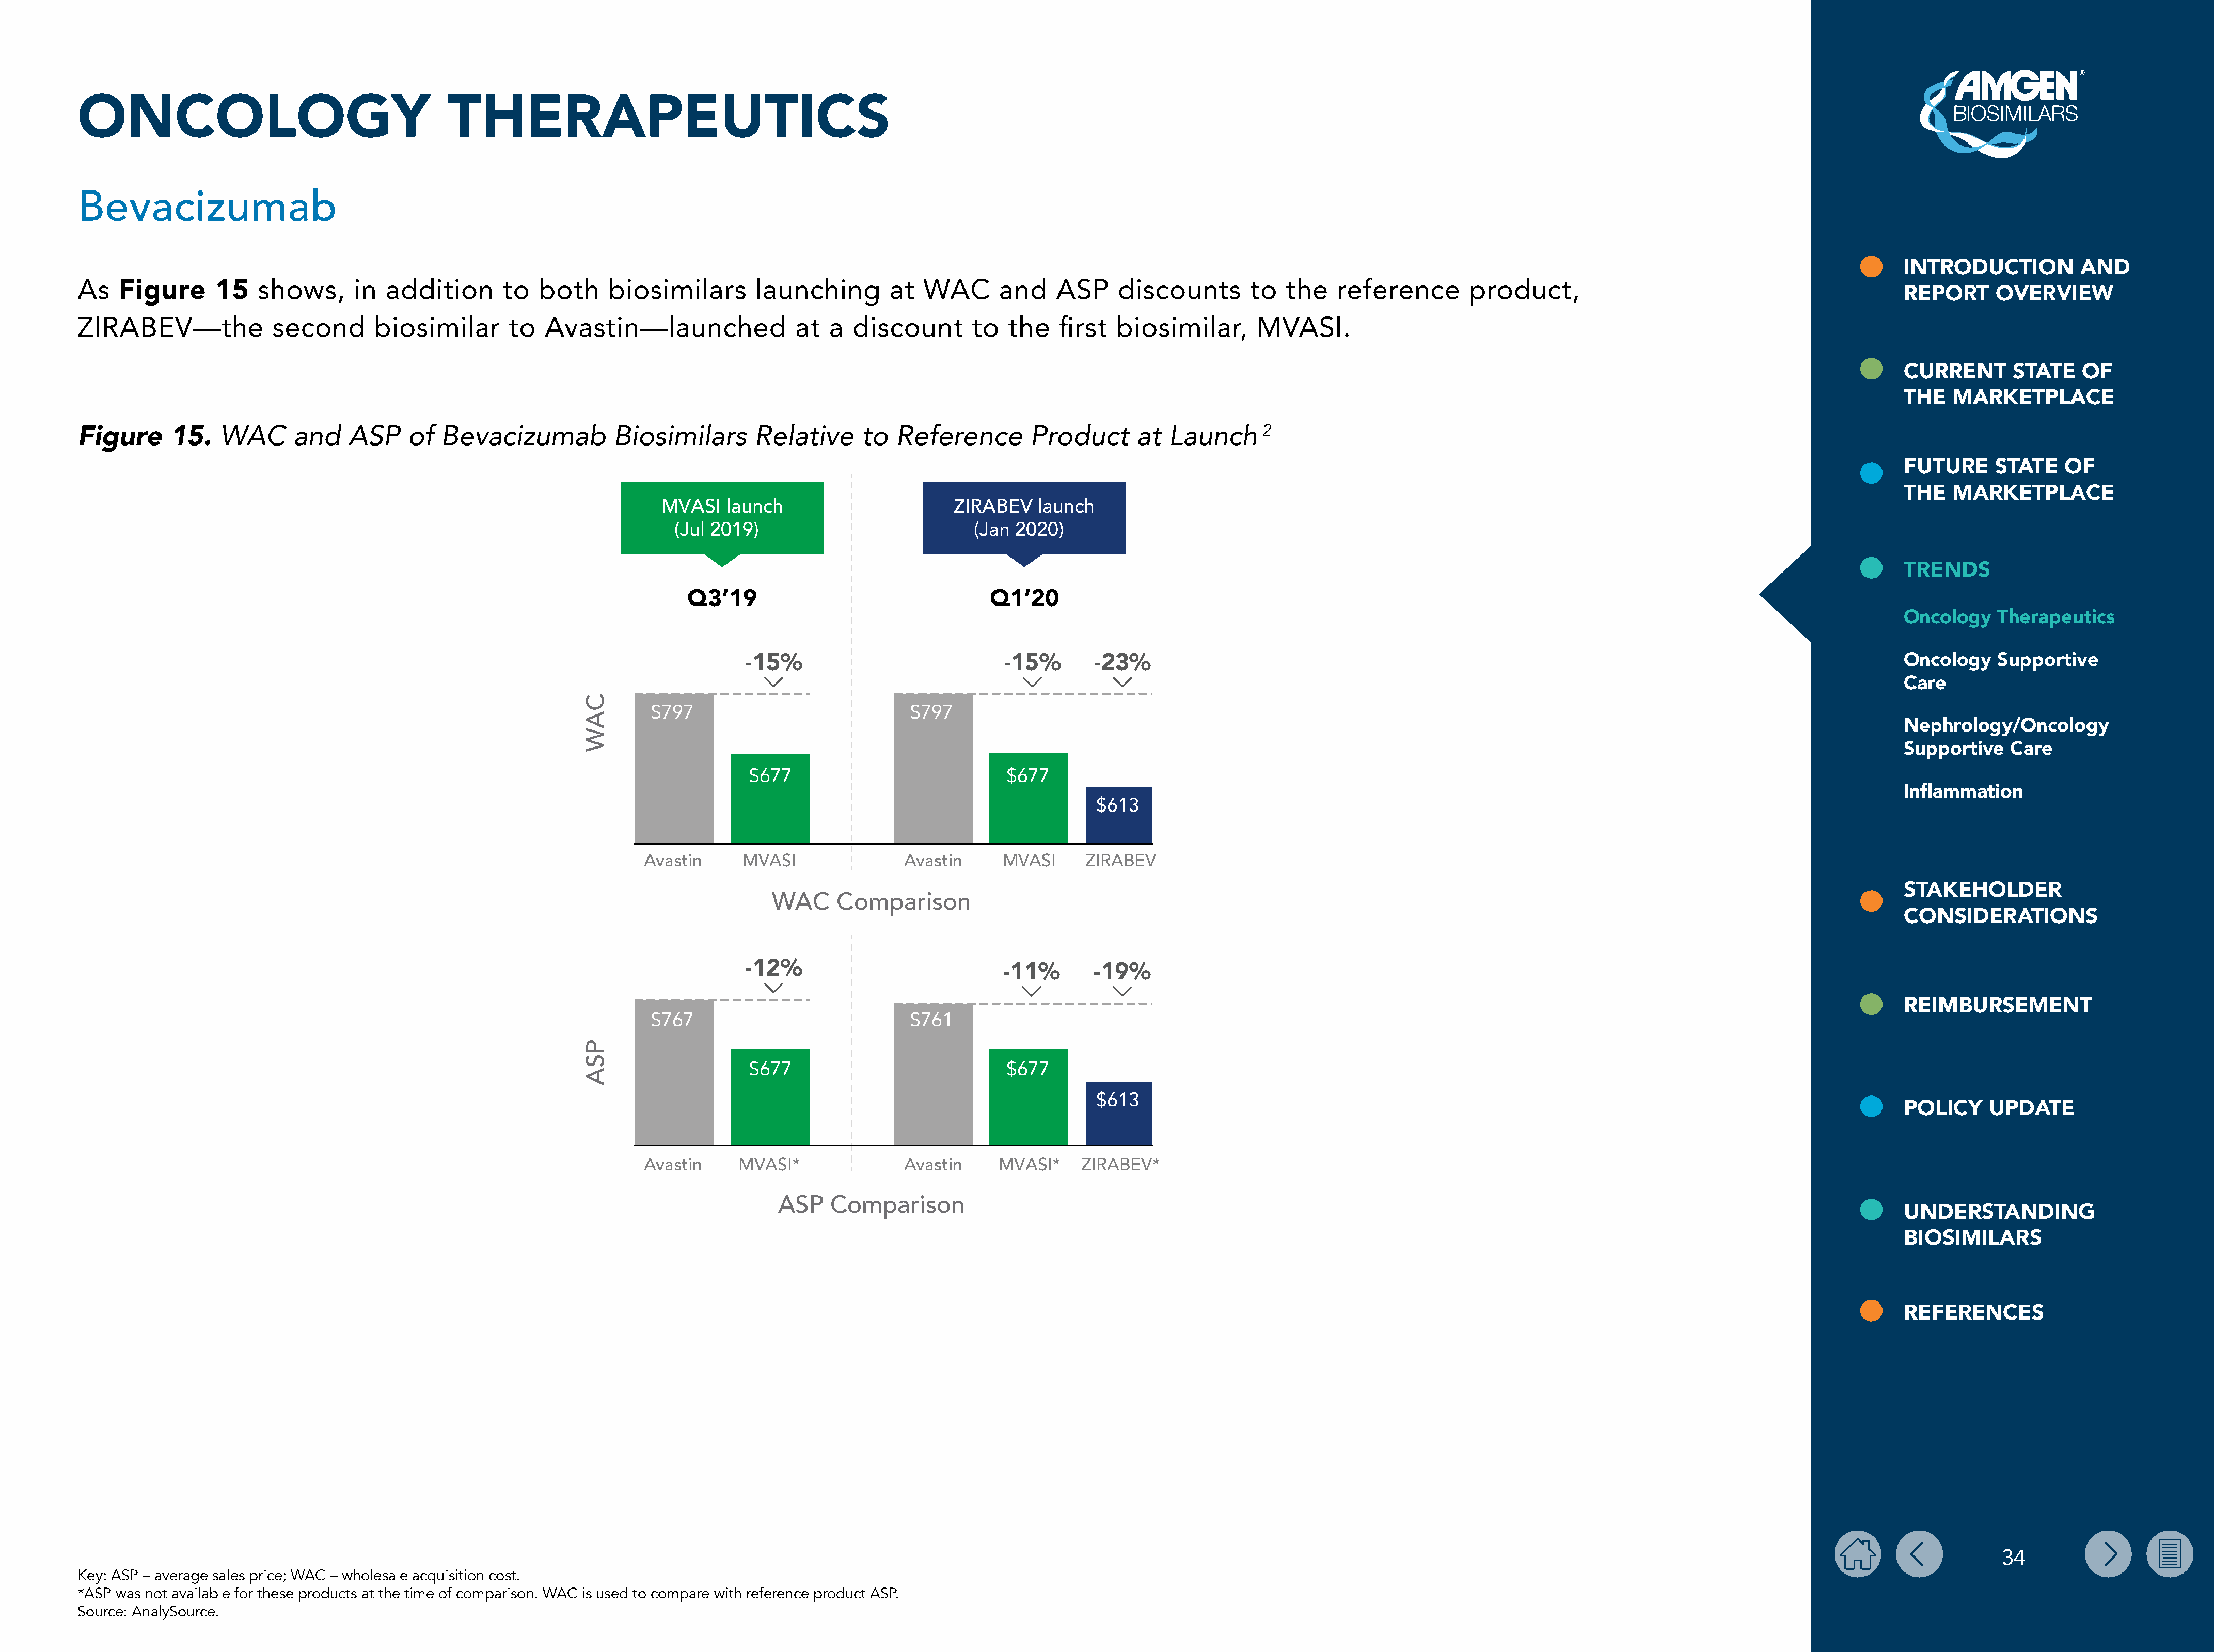
ONCOLOGY                                       THERAPEUTICS
 Bevacizumab
 INTRODUCTION           AND
 As   Figure       15   shows,      in  addition       to   both     biosimilars        launching        at  WAC       and    ASP     discounts        to   the   reference        product,
 REPORT      OVERVIEW
 ZIRABEV—the              second       biosimilar       to  Avastin—launched                at  a  discount       to   the   first  biosimilar,       MVASI.
 CURRENT       STATE    OF
 THE   MARKETPLACE
 WAC       and    ASP    of   Bevacizumab           Biosimilars       Relative     to   Reference        Product       at  Launch      2
 Figure      15.
 FUTURE      STATE    OF
 THE   MARKETPLACE
 MVASI   launch                       ZIRABEV    launch
 (Jul 2019)                             (Jan 2020)
 TRENDS
 Q3’19                                  Q1’20
 Oncology    Therapeutics
 -15%                             -15%       -23%
 Oncology    Supportive
 Care
 $797                              $797
 Nephrology/Oncology
 Supportive    Care
 $677                             $677
 Inflammation
 $613
 Avastin     MVASI                Avastin      MVASI     ZIRABEV
 STAKEHOLDER
 WAC     Comparison
 CONSIDERATIONS
 -12%
 -11%       -19%
 REIMBURSEMENT
 $767                              $761
 $677                             $677
 $613
 POLICY     UPDATE
 Avastin     MVASI*               Avastin     MVASI*     ZIRABEV*
 ASP   Comparison
 UNDERSTANDING
 BIOSIMILARS
 REFERENCES
 34
 Key: ASP – average sales price; WAC – wholesale acquisition cost.
 *ASP was not available for these products at the time of comparison. WAC is used to compare with reference product ASP.
 Source: AnalySource.
 CAW
 PSA